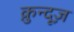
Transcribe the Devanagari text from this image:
क़ुन्दूज़